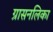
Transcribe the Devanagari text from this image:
ग्रासनलिका